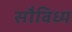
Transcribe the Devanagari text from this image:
सौविध्य